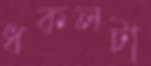
ধকলটা